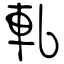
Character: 軋